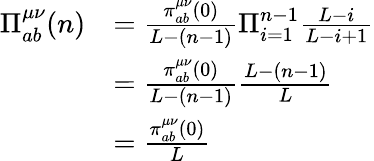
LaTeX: \begin{array}{rl}{\Pi_{ab}^{\mu\nu}(n)}&{=\frac{\pi_{ab}^{\mu\nu}(0)}{L-(n-1)}\Pi_{i=1}^{n-1}\frac{L-i}{L-i+1}}\\ &{=\frac{\pi_{ab}^{\mu\nu}(0)}{L-(n-1)}\frac{L-(n-1)}{L}}\\ &{=\frac{\pi_{ab}^{\mu\nu}(0)}{L}}\end{array}